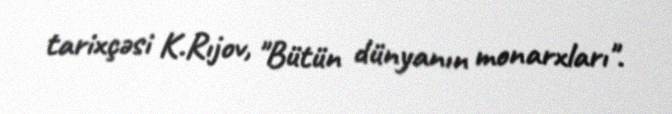
tarixçəsi K.Rıjov, "Bütün dünyanın monarxları".